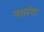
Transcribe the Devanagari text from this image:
नालंगा